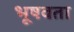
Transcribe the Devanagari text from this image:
भूषवता